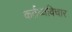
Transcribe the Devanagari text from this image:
कर्तव्यविचार